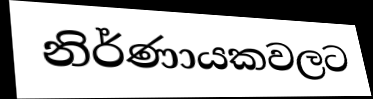
නිර්ණායකවලට